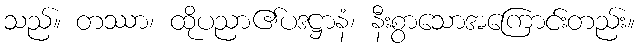
သည်။ တဿာ၊ ထိုပညာ၏ပဒဋ္ဌာနံ၊ နီးစွာသောအကြောင်းတည်း။